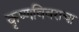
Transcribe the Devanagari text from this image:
कृष्णविवराचा